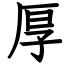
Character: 厚